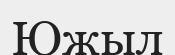
Южыл